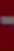
-